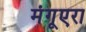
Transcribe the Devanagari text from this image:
मंगूएरा